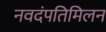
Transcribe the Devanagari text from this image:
नवदंपतिमिलन